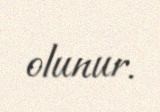
olunur.